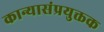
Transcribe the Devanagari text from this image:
कान्यासंप्रयुक्तक